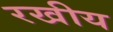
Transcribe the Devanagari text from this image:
रखीय